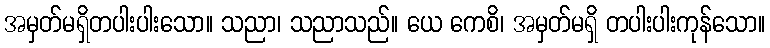
အမှတ်မရှိတပါးပါးသော။ သညာ၊ သညာသည်။ ယေ ကေစိ၊ အမှတ်မရှိ တပါးပါးကုန်သော။